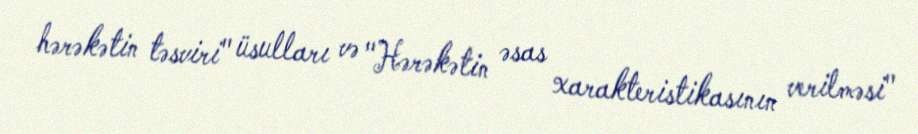
hərəkətin təsviri" üsulları və "Hərəkətin əsas xarakteristikasının verilməsi"